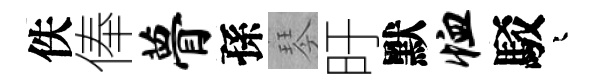
佚俸瞢孫琴旴默恤駁迢